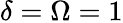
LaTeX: \delta=\Omega=1